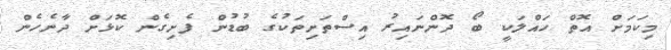
މިކަމަށް އޮތް ހައްލަކީ ބޯ ދޮންނައިރު އިސްތަށިތަކުގެ ބުޑުން ފެށިގެން ކޮޅަށް ދާނެހެން